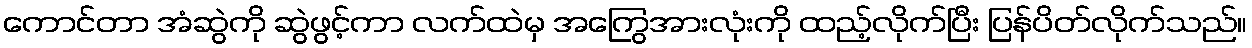
ကောင်တာ အံဆွဲကို ဆွဲဖွင့်ကာ လက်ထဲမှ အကြွေအားလုံးကို ထည့်လိုက်ပြီး ပြန်ပိတ်လိုက်သည်။